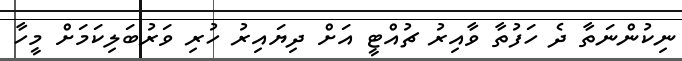
ނިކުންނަތާ ދެ ހަފުތާ ވާއިރު ޗުއްޓީ އަށް ދިޔައިރު ހުރި ވަރުބަލިކަމަށް މީހާ